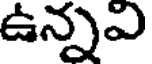
ఉన్నఎ